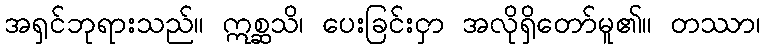
အရှင်ဘုရားသည်။ ဣစ္ဆသိ၊ ပေးခြင်းငှာ အလိုရှိတော်မူ၏။ တဿာ၊